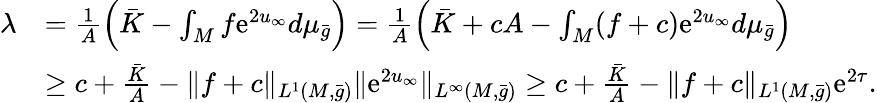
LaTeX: \begin{array}{rl}{\lambda}&{=\frac 1A\left(\bar{K}-\int_{M}f\mathrm{e}^{2u_{\infty}}d\mu_{\bar{g}}\right)=\frac 1A\left(\bar{K}+cA-\int_{M}(f+c)\mathrm{e}^{2u_{\infty}}d\mu_{\bar{g}}\right)}\\ &{\ge c+\frac{\bar{K}}{A}-\| f+c\| _{L^{1}(M,\bar{g})}\| \mathrm{e}^{2u_{\infty}}\| _{L^{\infty}(M,\bar{g})}\ge c+\frac{\bar{K}}{A}-\| f+c\| _{L^{1}(M,\bar{g})}\mathrm{e}^{2\tau}.}\end{array}